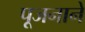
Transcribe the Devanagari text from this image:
पूजनाने